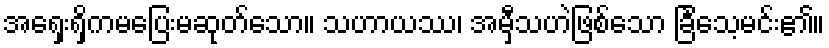
အရှေးရှိကမပြေးမဆုတ်သော။ သဟာယဿ၊ အမှီသဟဲဖြစ်သော ခြင်္သေ့မင်း၏။